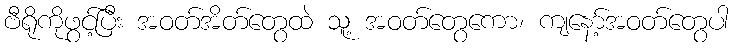
ဗီရိုကိုဖွင့်ပြီး အဝတ်အိတ်တွေထဲ သူ့ အဝတ်တွေကော၊ ကျနော့်အဝတ်တွေပါ